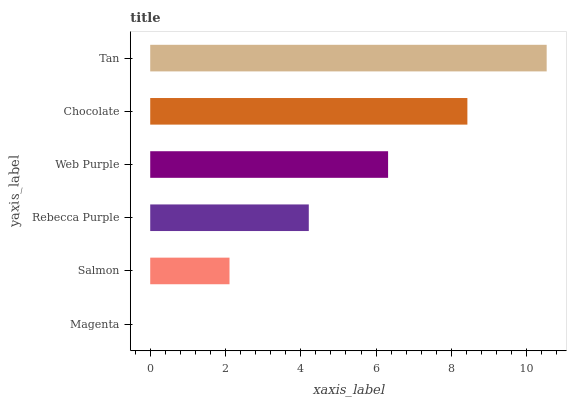
| yaxis_label | bars |
 | --- | --- |
 | Magenta | 0 |
 | Salmon | 2.11 |
 | Rebecca Purple | 4.21 |
 | Web Purple | 6.32 |
 | Chocolate | 8.42 |
 | Tan | 10.5 |